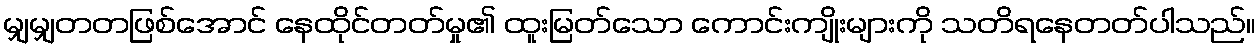
မျှမျှတတဖြစ်အောင် နေထိုင်တတ်မှု၏ ထူးမြတ်သော ကောင်းကျိုးများကို သတိရနေတတ်ပါသည်။